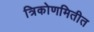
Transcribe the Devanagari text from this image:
त्रिकोणमितीत